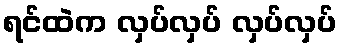
ရင်ထဲက လှပ်လှပ် လှပ်လှပ်